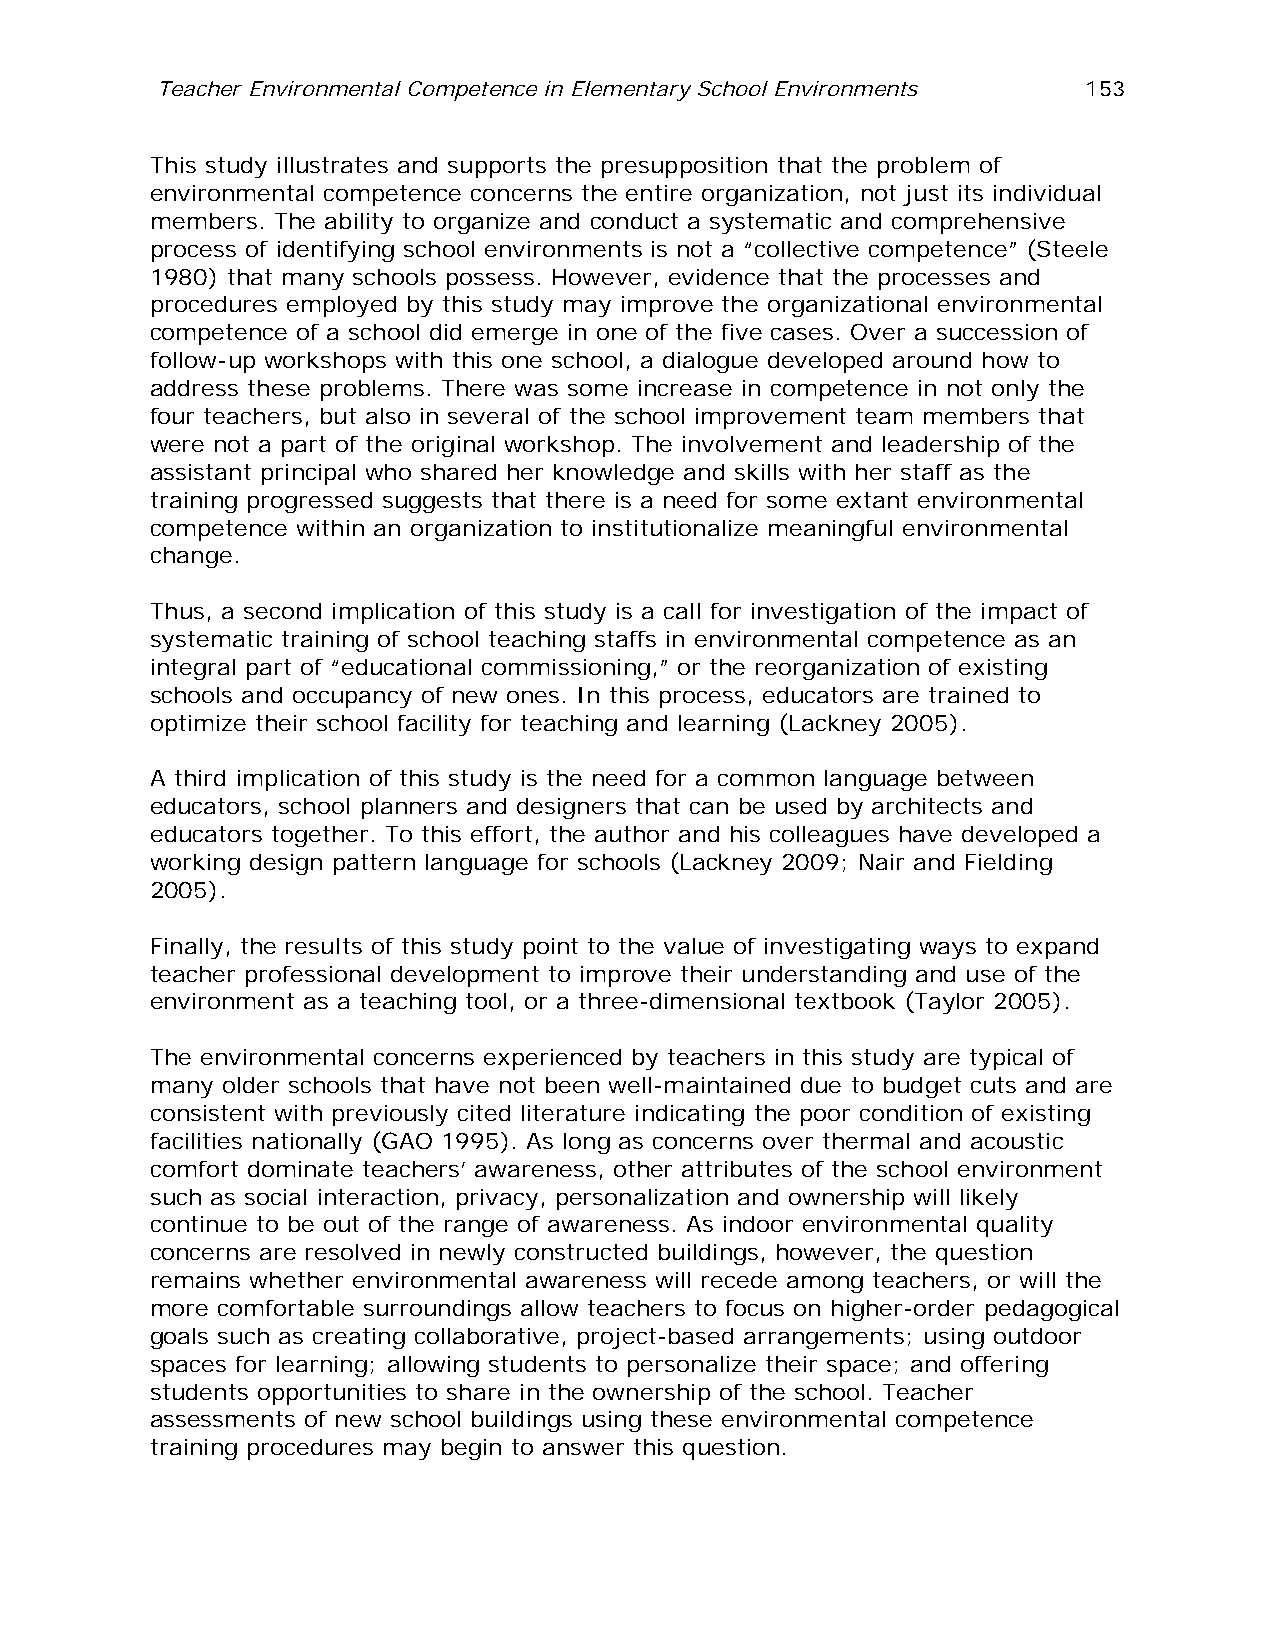
Teacher Environmental Competence in Elementary School Environments 153
 This study illustrates and supports the presupposition that the problem of
 environmental competence concerns the entire organization, not just its individual
 members. The ability to organize and conduct a systematic and comprehensive
 process of identifying school environments is not a “collective competence” (Steele
 1980) that many schools possess. However, evidence that the processes and
 procedures employed by this study may improve the organizational environmental
 competence of a school did emerge in one of the five cases. Over a succession of
 follow-up workshops with this one school, a dialogue developed around how to
 address these problems. There was some increase in competence in not only the
 four teachers, but also in several of the school improvement team members that
 were not a part of the original workshop. The involvement and leadership of the
 assistant principal who shared her knowledge and skills with her staff as the
 training progressed suggests that there is a need for some extant environmental
 competence within an organization to institutionalize meaningful environmental
 change.
 Thus, a second implication of this study is a call for investigation of the impact of
 systematic training of school teaching staffs in environmental competence as an
 integral part of “educational commissioning,” or the reorganization of existing
 schools and occupancy of new ones. In this process, educators are trained to
 optimize their school facility for teaching and learning (Lackney 2005).
 A third implication of this study is the need for a common language between
 educators, school planners and designers that can be used by architects and
 educators together. To this effort, the author and his colleagues have developed a
 working design pattern language for schools (Lackney 2009; Nair and Fielding
 2005).
 Finally, the results of this study point to the value of investigating ways to expand
 teacher professional development to improve their understanding and use of the
 environment as a teaching tool, or a three-dimensional textbook (Taylor 2005).
 The environmental concerns experienced by teachers in this study are typical of
 many older schools that have not been well-maintained due to budget cuts and are
 consistent with previously cited literature indicating the poor condition of existing
 facilities nationally (GAO 1995). As long as concerns over thermal and acoustic
 comfort dominate teachers’ awareness, other attributes of the school environment
 such as social interaction, privacy, personalization and ownership will likely
 continue to be out of the range of awareness. As indoor environmental quality
 concerns are resolved in newly constructed buildings, however, the question
 remains whether environmental awareness will recede among teachers, or will the
 more comfortable surroundings allow teachers to focus on higher-order pedagogical
 goals such as creating collaborative, project-based arrangements; using outdoor
 spaces for learning; allowing students to personalize their space; and offering
 students opportunities to share in the ownership of the school. Teacher
 assessments of new school buildings using these environmental competence
 training procedures may begin to answer this question.